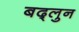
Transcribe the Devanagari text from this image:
बद्लुन